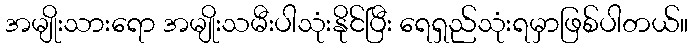
အမျိုးသားရော အမျိုးသမီးပါသုံးနိုင်ပြီး ရေရှည်သုံးရမှာဖြစ်ပါတယ်။